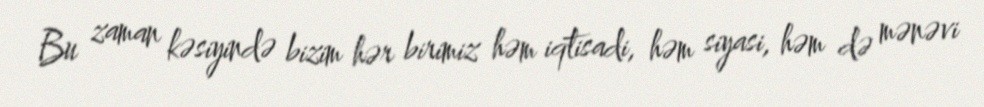
Bu zaman kəsiyində bizim hər birimiz həm iqtisadi, həm siyasi, həm də mənəvi